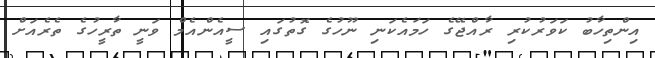
އިންތިހާބު ކަވަރުކުރި ރާއްޖޭގެ ހަމައެކަނި ނޫހުގެ ގޮތުގައި ސީއެންއެމް ވަނީ ތާރީހުގެ ތެރެއަށް